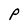
Character: P